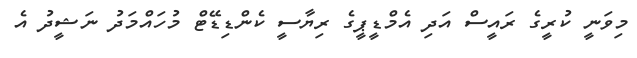
މިވަނީ ކުރީގެ ރައީސް އަދި އެމްޑީޕީގެ ރިޔާސީ ކެންޑިޑޭޓް މުހައްމަދު ނަޝީދު އެ